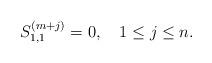
LaTeX: \begin{align*}S^{(m+j)}_{1,1} =0, \quad 1\le j\le n.\end{align*}